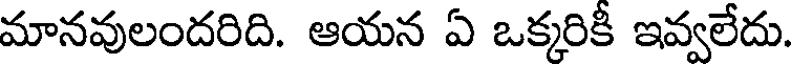
మానవులందరిది. ఆయన ఏ ఒక్కరికీ ఇవ్వలేదు.